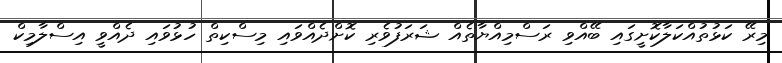
މިރޭ ކަޅުތުއްކަލާކޮށީގައި ބޭއްވި ރަސްމިއްޔާތެއް ޝަރަފުވެރި ކޮށްދެއްވައި މިސްކިތް ހުޅުވައި ދެއްވީ އިސްލާމިކް